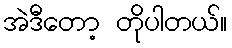
အဲဒီတော့ တိုပါတယ်။